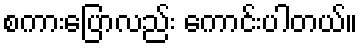
စကားပြောလည်း ကောင်းပါတယ်။